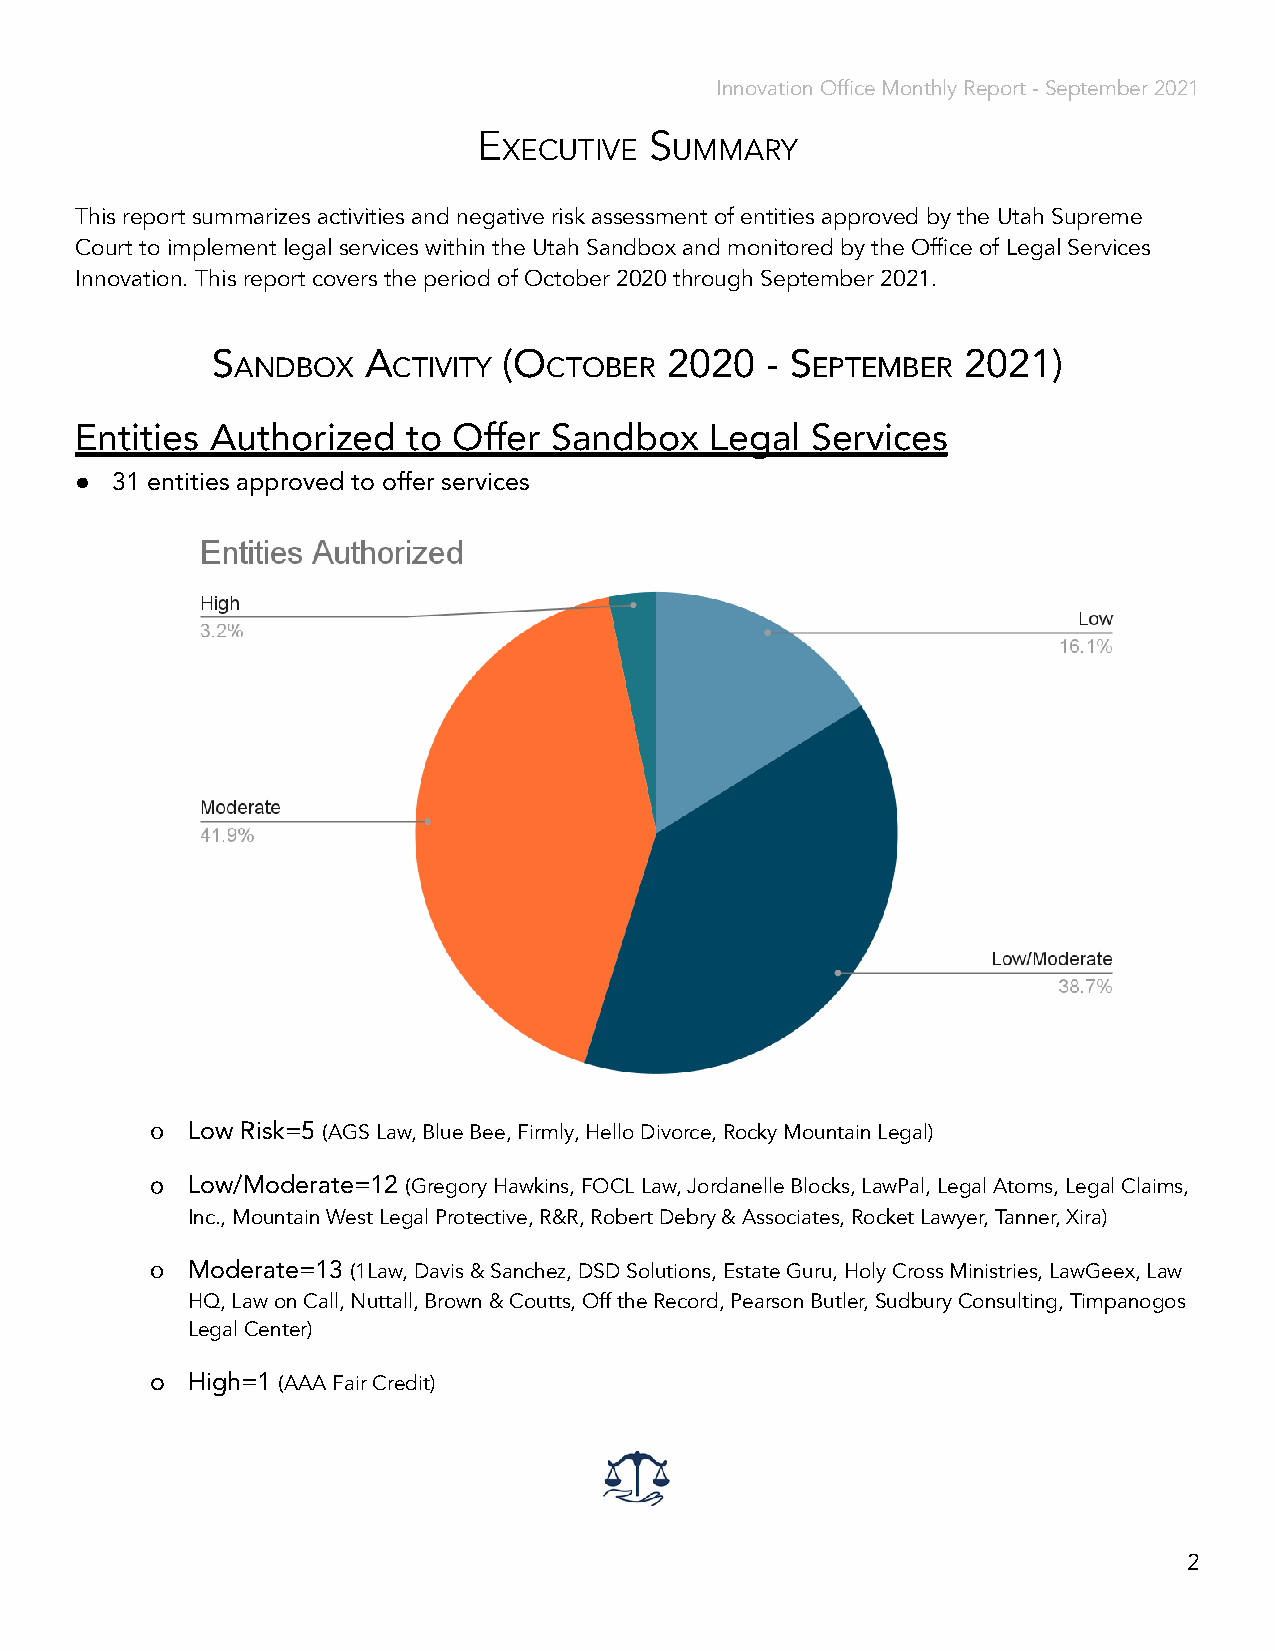
Innovation Office Monthly Report - September 2021
 E          S
 XECUTIVE    UMMARY
 This report summarizes activities and negative risk assessment of entities approved by the Utah Supreme
 Court to implement legal services within the Utah Sandbox and monitored by the Office of Legal Services
 Innovation. This report covers the period of October 2020 through September 2021.
 S         A        (O         2020   - S          2021)
 ANDBOX     CTIVITY   CTOBER            EPTEMBER
 Entities Authorized   to Offer Sandbox    Legal  Services
 ● 31 entities approved to offer services
 o Low Risk=5 (AGS Law, Blue Bee, Firmly, Hello Divorce,Rocky Mountain Legal)
 o Low/Moderate=12 (Gregory Hawkins, FOCL Law, JordanelleBlocks, LawPal, Legal Atoms, Legal Claims,
 Inc., Mountain West Legal Protective, R&R, Robert Debry & Associates, Rocket Lawyer, Tanner, Xira)
 o Moderate=13 (1Law, Davis & Sanchez, DSD Solutions,Estate Guru, Holy Cross Ministries, LawGeex, Law
 HQ, Law on Call, Nuttall, Brown & Coutts, Off the Record, Pearson Butler, Sudbury Consulting, Timpanogos
 Legal Center)
 o High=1 (AAA Fair Credit)
 2